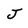
Character: J